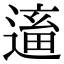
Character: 𨕢